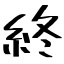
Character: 終